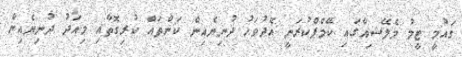
ގައުމީ ޓީމު މެލޭޝިއާގައި ކޭމްޕްކުރަނީ އެދުވަހު ދުނިޔެއިން ކަންތައް ކުރިގޮތާއި މިއަދު ދުނިޔެއިން